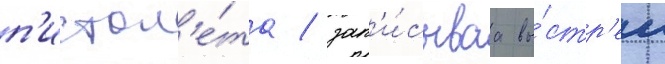
п'истол'е́та / зап'и́сываа вы́стр'ел